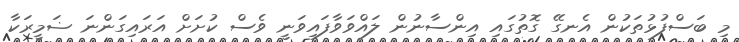
މި ބަސްފުޅުތަކުން އެނގޭ ގޮތުގައި އިންސާނުން ލައްވަވާފައިވަނީ ވެސް ކުށަށް އަރައިގަންނަ ޟަމީރަކާ